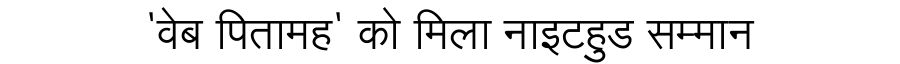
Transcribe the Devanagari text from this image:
'वेब पितामह' को मिला नाइटहुड सम्मान